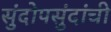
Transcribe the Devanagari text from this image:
सुंदोपसुंदांची